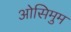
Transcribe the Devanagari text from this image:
ओसिमुम